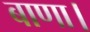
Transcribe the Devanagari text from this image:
बाणा।